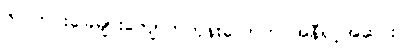
၆။ ကင်းခြေများကျောက်ကုန်းလောက် အနီရင့်အဆင်း။